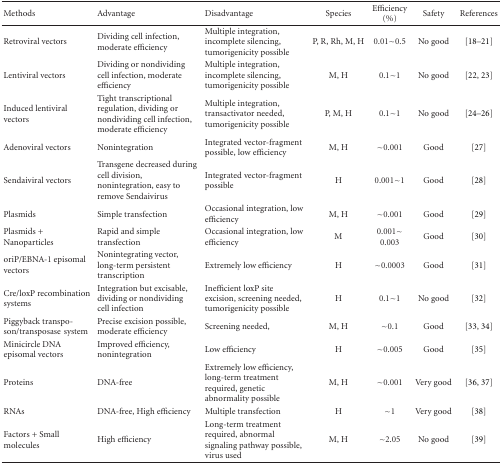
<table><thead><tr><td><b>Methods</b></td><td><b>Advantage</b></td><td><b>Disadvantage</b></td><td><b>Species</b></td><td><b>Efficiency (%)</b></td><td><b>Safety</b></td><td><b>References</b></td></tr></thead><tbody><tr><td>Retroviral vectors</td><td>Dividing cell infection, moderate efficiency</td><td>Multiple integration, incomplete silencing, tumorigenicity possible</td><td>P, R, Rh, M, H</td><td>0.01<i>∼</i>0.5</td><td>No good</td><td>[18–21]</td></tr><tr><td>Lentiviral vectors</td><td>Dividing or nondividing cell infection, moderate efficiency</td><td>Multiple integration, incomplete silencing, tumorigenicity possible</td><td>M, H</td><td>0.1<i>∼</i>1</td><td>No good</td><td>[22, 23]</td></tr><tr><td>Induced lentiviral vectors</td><td>Tight transcriptional regulation, dividing or nondividing cell infection, moderate efficiency</td><td>Multiple integration, transactivator needed, tumorigenicity possible</td><td>P, M, H</td><td>0.1<i>∼</i>1</td><td>No good</td><td>[24–26]</td></tr><tr><td>Adenoviral vectors</td><td>Nonintegration</td><td>Integrated vector-fragment possible, low efficiency</td><td>M, H</td><td><i>∼</i>0.001</td><td>Good</td><td>[27]</td></tr><tr><td>Sendaiviral vectors</td><td>Transgene decreased during cell division, nonintegration, easy to remove Sendaivirus</td><td>Integrated vector-fragment possible</td><td>H</td><td>0.001<i>∼</i>1</td><td> Good</td><td> [28]</td></tr><tr><td>Plasmids</td><td>Simple transfection</td><td>Occasional integration, low efficiency</td><td>M, H</td><td><i>∼</i>0.001</td><td>Good</td><td> [29]</td></tr><tr><td>Plasmids + Nanoparticles</td><td>Rapid and simple transfection</td><td>Occasional integration, low efficiency</td><td>M</td><td>0.001<i>∼</i>0.003</td><td>Good</td><td> [30]</td></tr><tr><td>oriP/EBNA-1 episomal vectors</td><td>Nonintegrating vector, long-term persistent transcription</td><td>Extremely low efficiency</td><td>H</td><td><i>∼</i>0.0003</td><td>Good</td><td> [31]</td></tr><tr><td>Cre/loxP recombination systems</td><td>Integration but excisable, dividing or nondividing cell infection</td><td>Inefficient loxP site excision, screening needed, tumorigenicity possible</td><td>H</td><td>0.1<i>∼</i>1</td><td>No good</td><td> [32]</td></tr><tr><td>Piggyback transposon/transposasesystem</td><td>Precise excision possible, moderate efficiency</td><td>Screening needed,</td><td>M, H</td><td><i>∼</i>0.1</td><td>Good</td><td> [33, 34]</td></tr><tr><td>Minicircle DNA episomal vectors</td><td>Improved efficiency, nonintegration</td><td>Low efficiency</td><td>H</td><td><i>∼</i>0.005</td><td>Good</td><td> [35]</td></tr><tr><td>Proteins</td><td>DNA-free</td><td>Extremely low efficiency, long-term treatment required, genetic abnormality possible</td><td>M, H</td><td><i>∼</i>0.001</td><td>Very good</td><td> [36, 37]</td></tr><tr><td>RNAs</td><td>DNA-free, High efficiency</td><td>Multiple transfection</td><td>H</td><td><i>∼</i>1</td><td>Very good</td><td> [38]</td></tr><tr><td>Factors + Small molecules</td><td>High efficiency</td><td>Long-term treatment required, abnormal signaling pathway possible, virus used</td><td>M, H</td><td><i>∼</i>2.05</td><td>No good</td><td> [39]</td></tr></tbody></table>